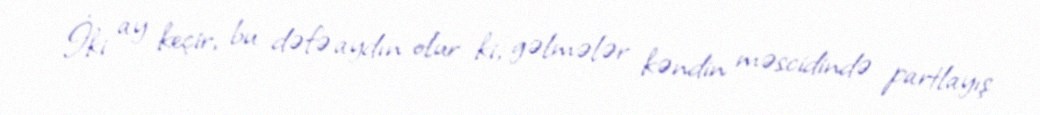
İki ay keçir, bu dəfə aydın olur ki, gəlmələr kəndin məscidində partlayış